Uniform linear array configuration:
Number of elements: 64
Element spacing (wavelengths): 0.5
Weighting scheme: uniform
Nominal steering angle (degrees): -30
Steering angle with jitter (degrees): -28.326
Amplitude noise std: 0.05
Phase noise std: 0.05

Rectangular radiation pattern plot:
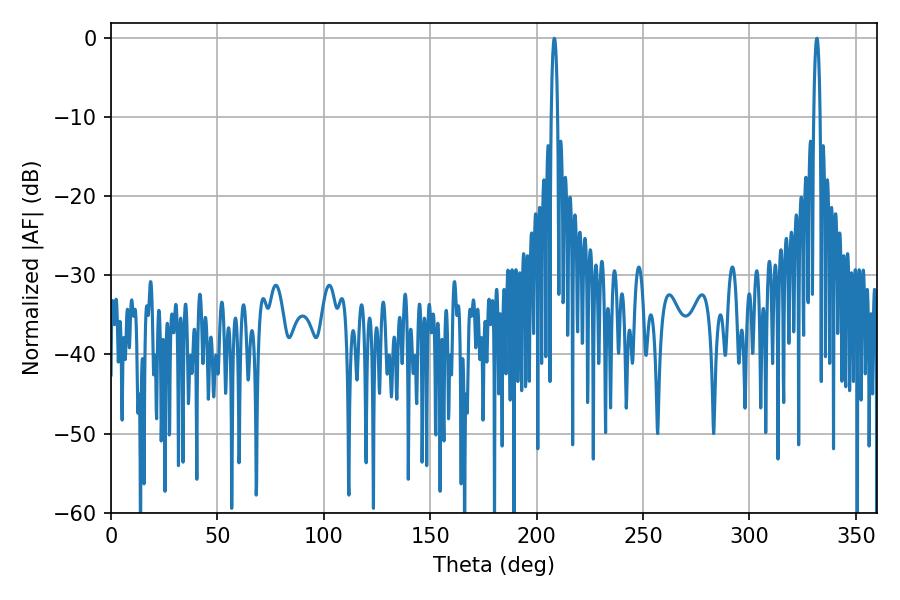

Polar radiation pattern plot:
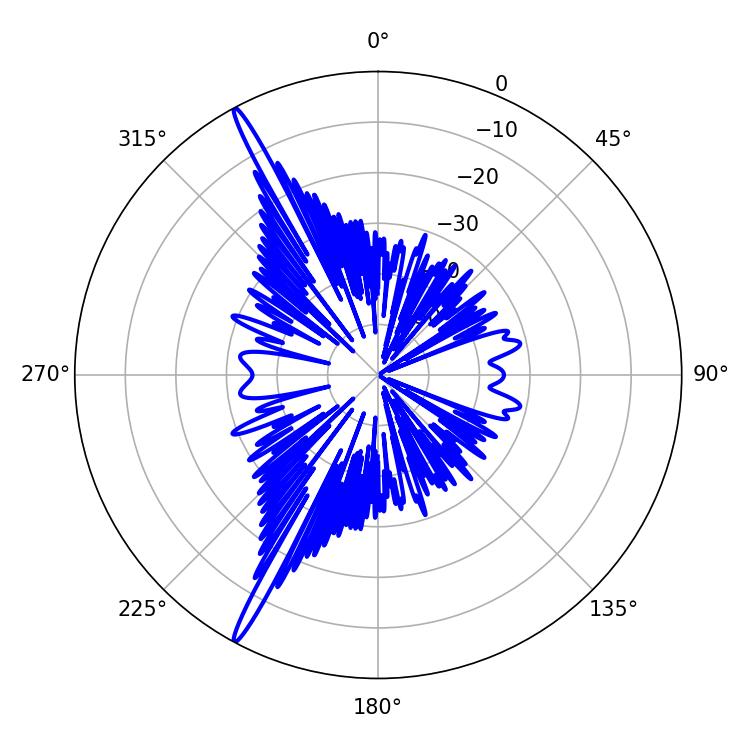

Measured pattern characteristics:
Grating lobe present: FALSE
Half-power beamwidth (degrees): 1.62
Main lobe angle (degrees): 208.26